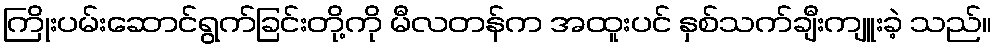
ကြိုးပမ်းဆောင်ရွက်ခြင်းတို့ကို မီလတန်က အထူးပင် နှစ်သက်ချီးကျူးခဲ့ သည်။